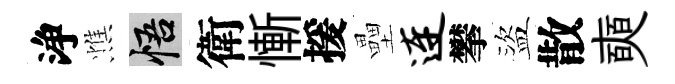
浄憔悟衛慚援壘连攀盜散奭